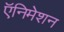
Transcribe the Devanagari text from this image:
ऍनिमेशन